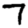
Digit: 7